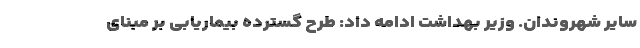
سایر شهروندان. وزیر بهداشت ادامه داد: طرح گسترده بیماریابی بر مبنای